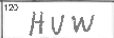
Transcription: HUW